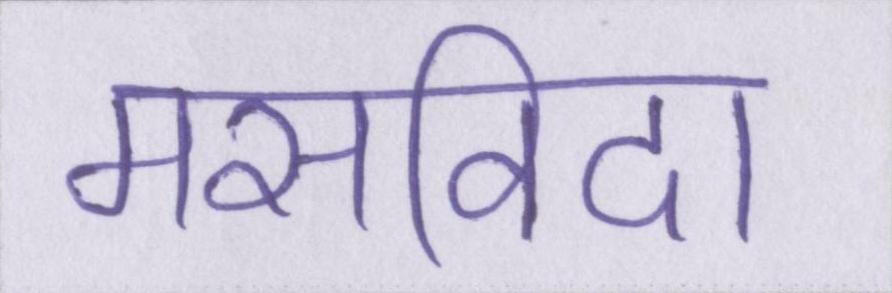
मसविदा